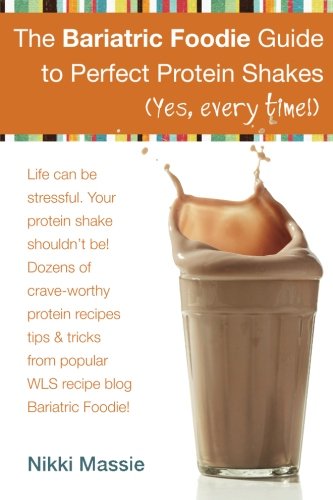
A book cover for The Bariatric Foodie Guide to Perfect Protein Shakes (Volume 1); Ms Nikki L Massie; Cookbooks, Food & Wine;